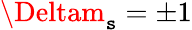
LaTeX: \Deltam_{\mathtt{s}}=\pm1